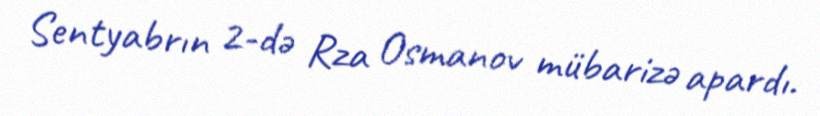
Sentyabrın 2-də Rza Osmanov mübarizə apardı.